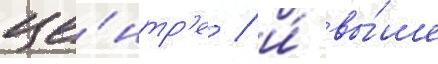
це́нтр'е / и́ вы́ше